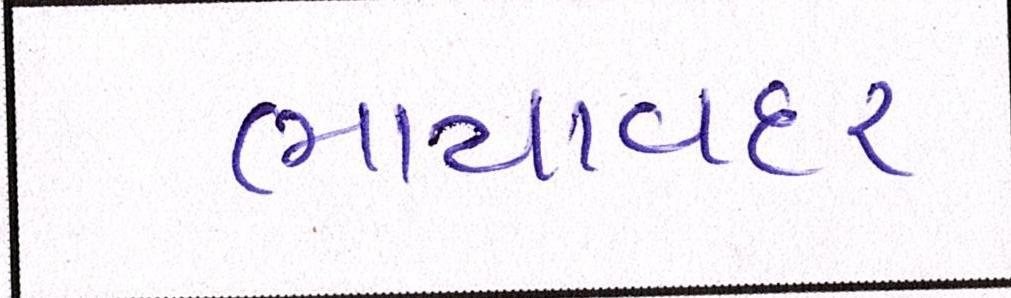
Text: ભાયાવદર